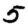
Digit: 5